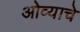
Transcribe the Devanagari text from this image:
ओव्याचे